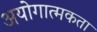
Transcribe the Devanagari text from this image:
अयोगात्मकता